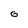
Character: 0